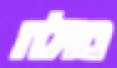
מולה